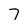
Character: 7